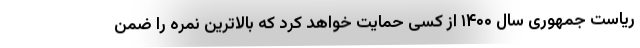
ریاست جمهوری سال ۱۴۰۰ از کسی حمایت خواهد کرد که بالاترین نمره را ضمن